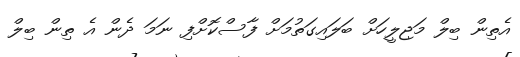
އެތިން ބިލް މަޖިލީހަށް ބަލައިގަތުމަށް ފާސްކޮށްފި ނަމަ ދެން އެ ތިން ބިލް